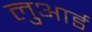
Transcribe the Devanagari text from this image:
लुआर्ड